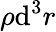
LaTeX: \rho\mathrm{d}^{3}r